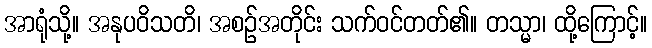
အာရုံသို့။ အနုပဝိသတိ၊ အစဉ်အတိုင်း သက်ဝင်တတ်၏။ တသ္မာ၊ ထို့ကြောင့်။